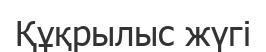
Құқрылыс жүгі